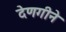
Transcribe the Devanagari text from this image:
देणगीने